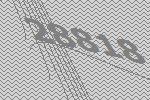
28818